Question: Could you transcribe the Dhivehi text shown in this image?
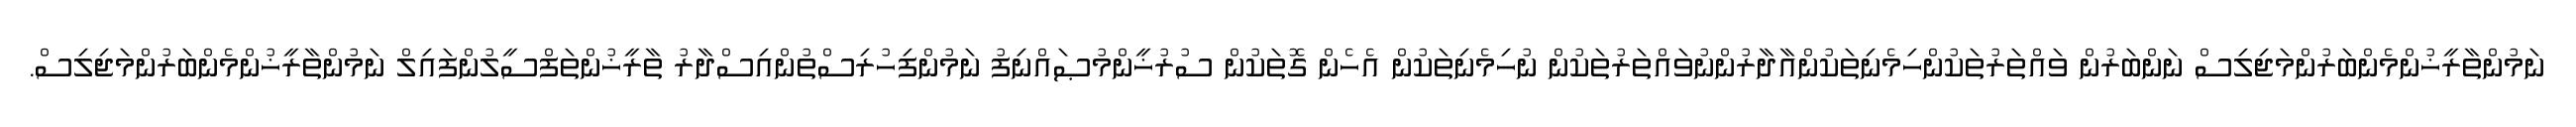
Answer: ނަމުންތާރީޚުންމެންބަރުންމަޖިލިސް ނަންބަރުން ވައްތަރުތަކުންހިމެނިތަކުންއާދާރުންނުވައްތަރުތަކުން ނުހިމެނިތަކުން އެހެން ގޮތަކުން ސުރުޚީންމުޞައްނިފު ނަމުންފިހުރިސްތުންއިސްދާރު ތާރީޚުންތަފްސީލުންފައިލް ނަމުންތާރީޚުންމެންބަރުންމަޖިލިސް.